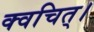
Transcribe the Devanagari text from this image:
क्वचित्‌।